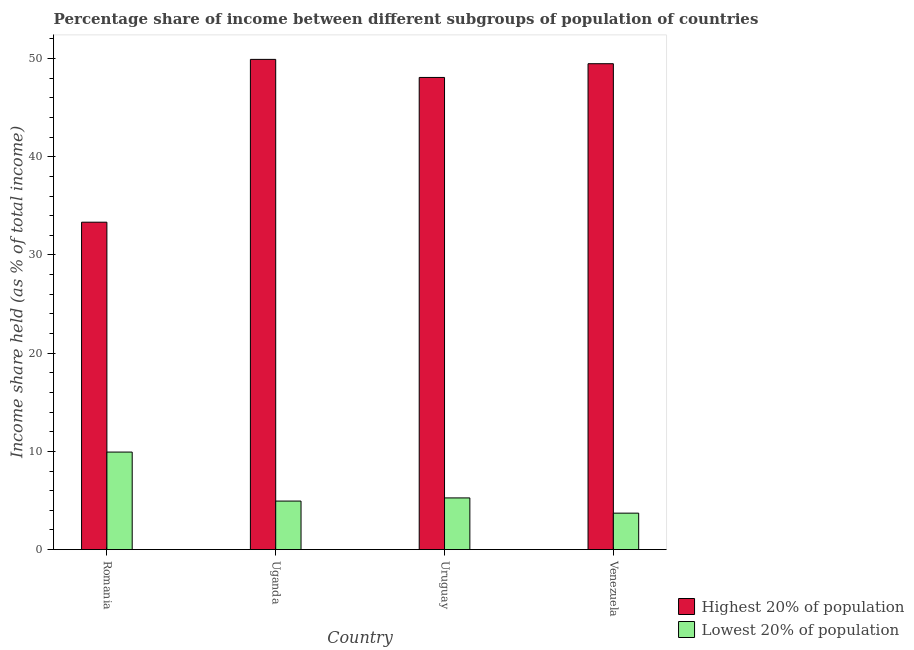
| Country | Highest 20% of population | Lowest 20% of population |
 | --- | --- | --- |
 | Romania | 33.3 | 9.93 |
 | Uganda | 49.9 | 4.94 |
 | Uruguay | 48.1 | 5.26 |
 | Venezuela | 49.5 | 3.71 |